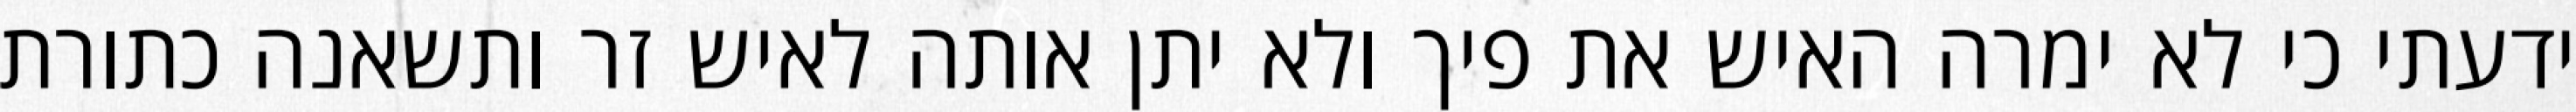
ידעתי כי לא ימרה האיש את פיך ולא יתן אותה לאיש זר ותשאנה כתורת